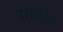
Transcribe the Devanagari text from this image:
उजाडच